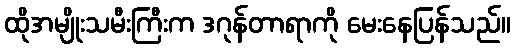
ထိုအမျိုးသမီးကြီးက ဒဂုန်တာရာကို မေးနေပြန်သည်။